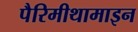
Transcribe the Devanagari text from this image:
पैरिमीथामाइन